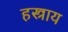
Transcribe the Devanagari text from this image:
हस्त्राय